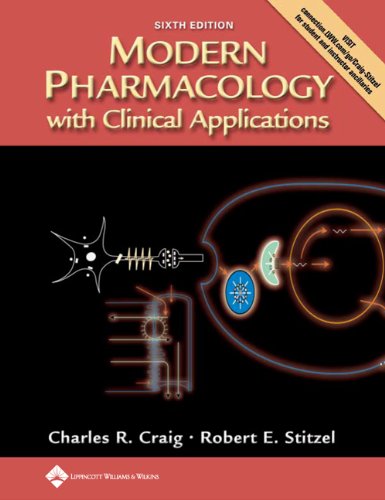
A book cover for Modern Pharmacology With Clinical Applications, Sixth Edition; Charles R. Craig PhD; Medical Books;